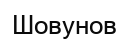
Шовунов